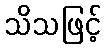
သိသဖြင့်